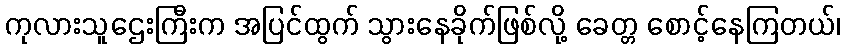
ကုလားသူဌေးကြီးက အပြင်ထွက် သွားနေခိုက်ဖြစ်လို့ ခေတ္တ စောင့်နေကြတယ်၊